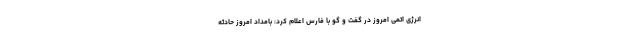
انرژی اتمی امروز در گفت و گو با فارس اعلام کرد: بامداد امروز حادثه